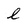
Character: l